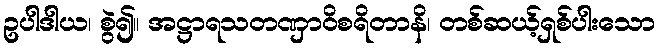
ဥပါဒါယ၊ စွဲ၍။ အဋ္ဌာရသတဏှာဝိစရိတာနိ၊ တစ်ဆယ့်ရှစ်ပါးသော